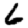
Digit: 6